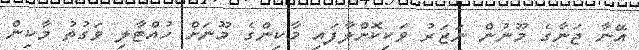
އޭނާ ޖަނާގެ މޫނުން ނަޒަރު ވަކިކޮށްލާފައި މާކިންގެ މޫނަށް ހުއްޓާލި ވަގުތު މާކިން